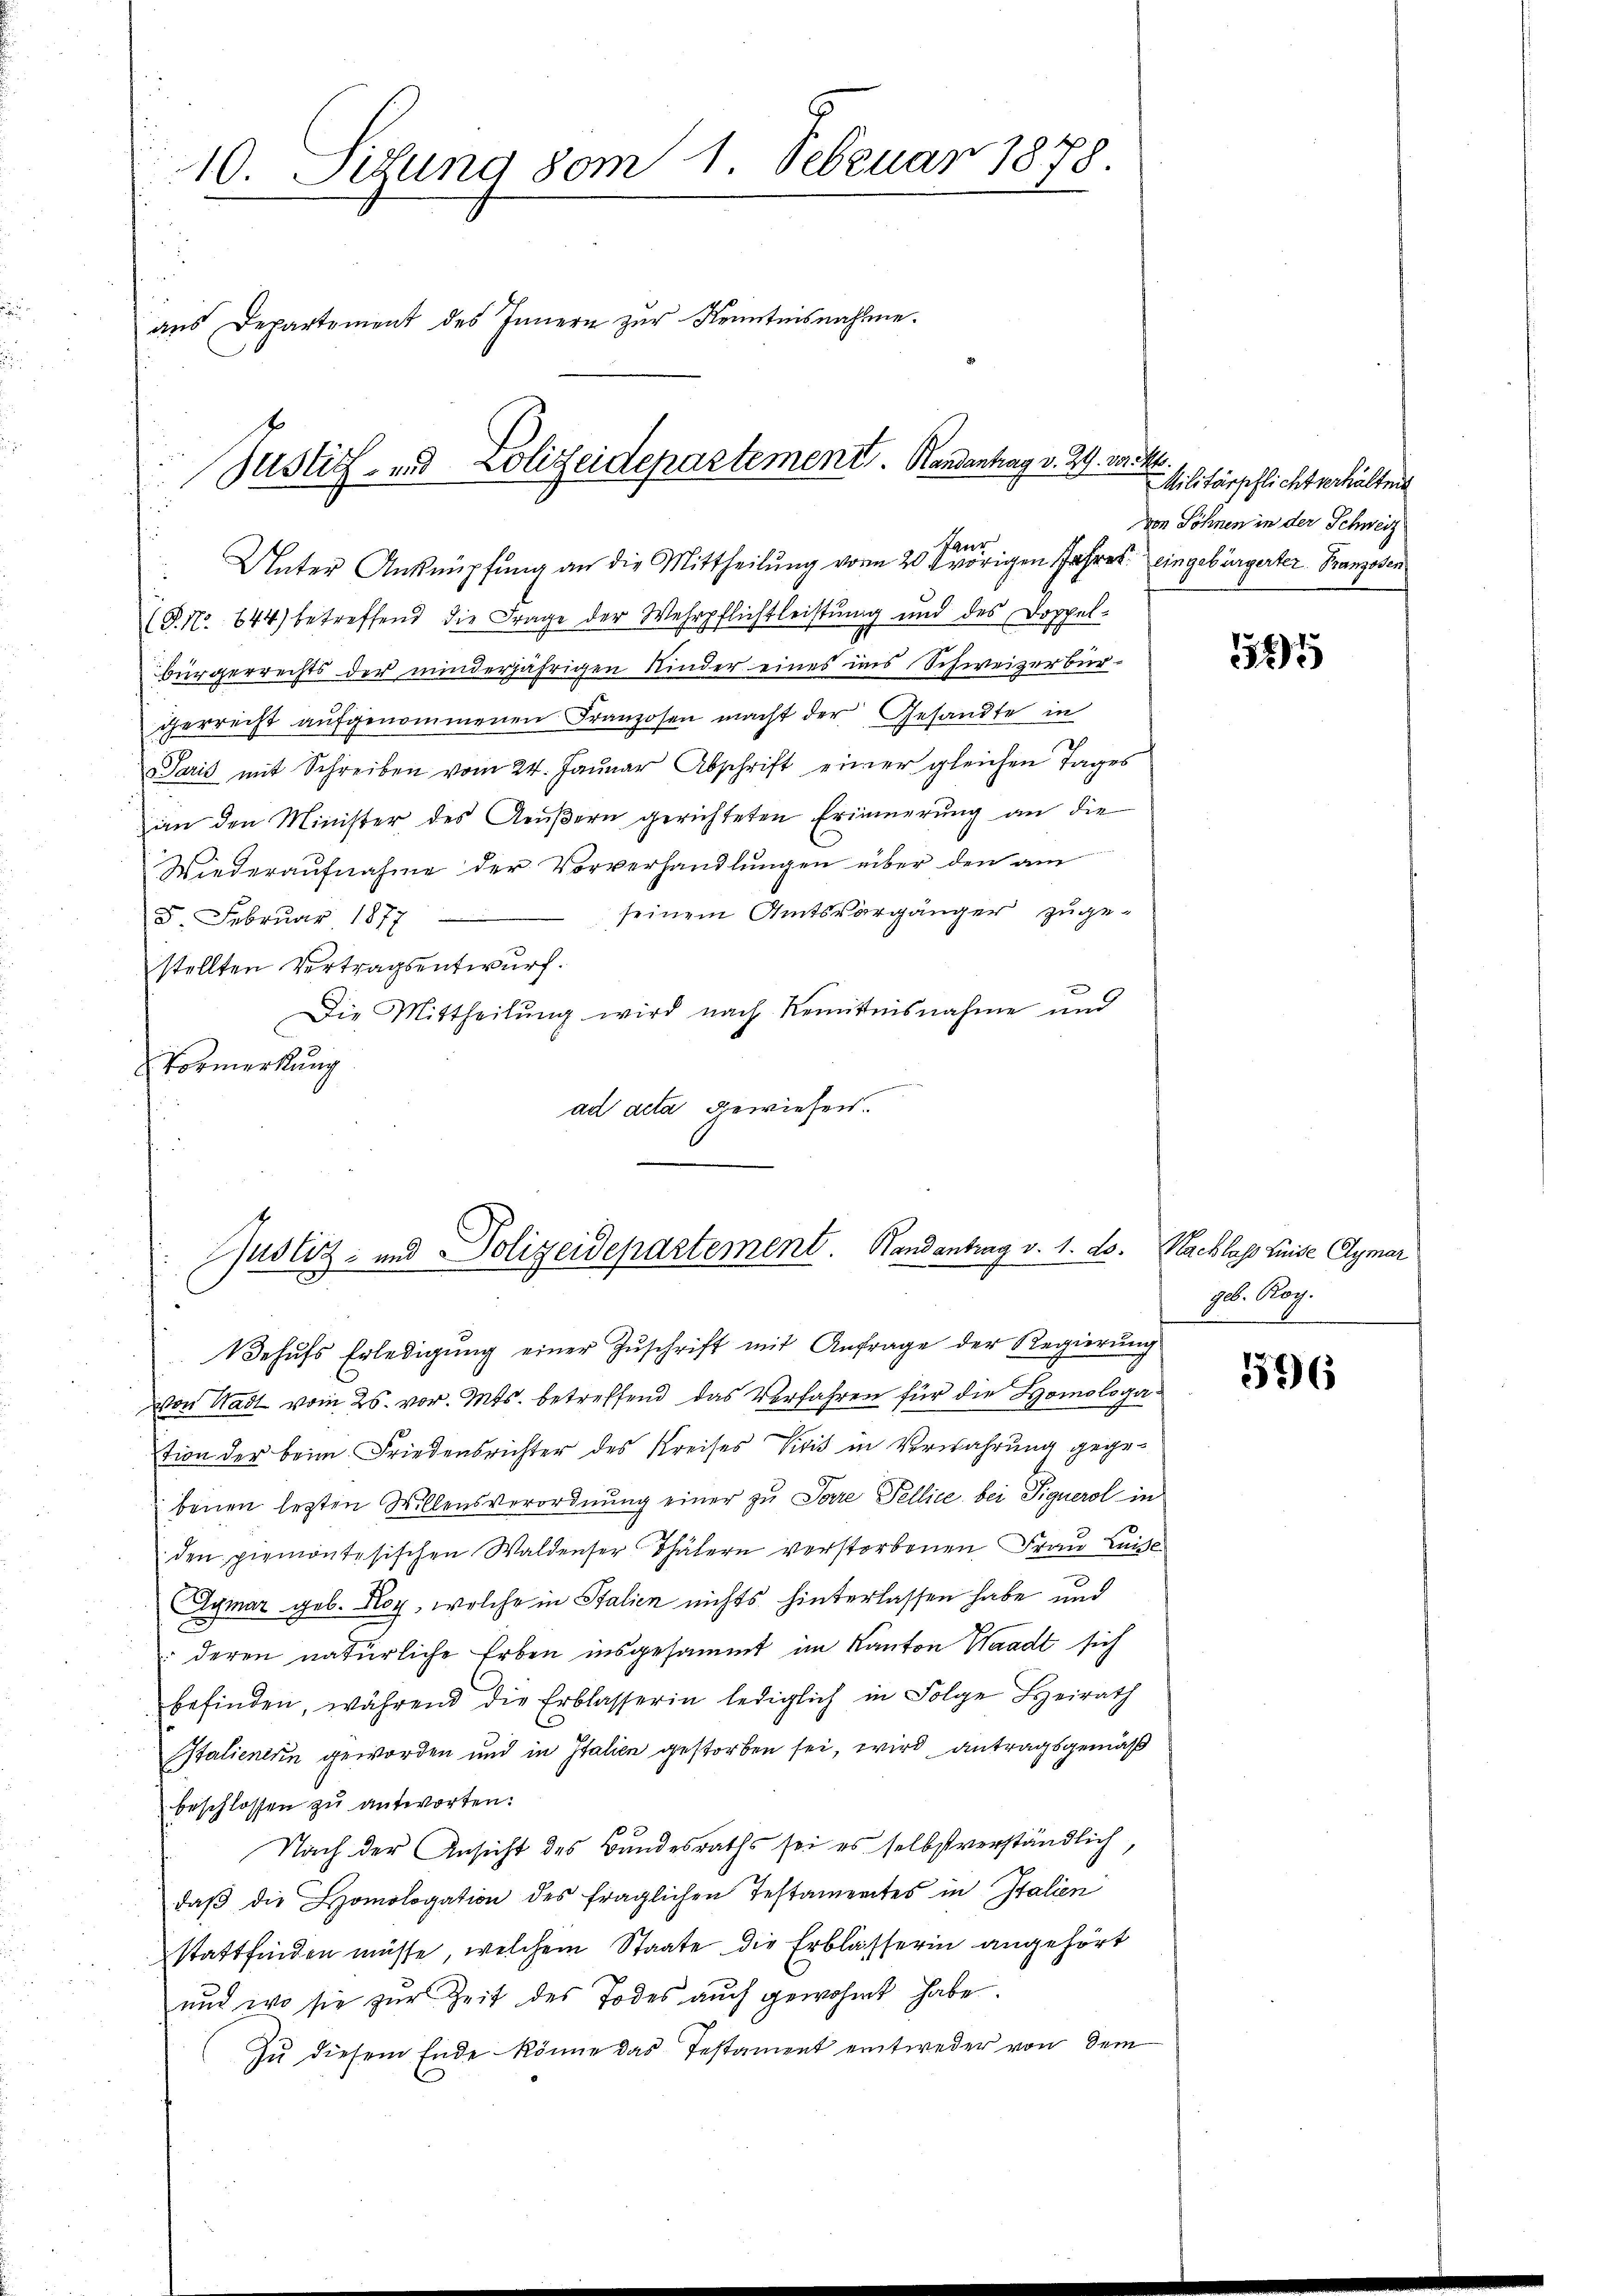
10. Sitzung vom 1. Februar 1878.
aus Departement des Innern zur Kenntnisnahme.
Justiz- und Polizeidepartement. Handantrag v. 29. vor

u

Unter Anknüpfung an die Mittheilung von 20 t vörigen Jahres eingebürgerter Franzosen
(P. Nr. 644) betreffend die Frage der Wehrpflichtleistung und des Doppel-
bürgerrechts der minderjährigen Kinder eines ins Schweizerbürgherrecht aufgenommenen Franzosen macht der Gesandte in
Paris mit Schreiben vom 24. Januar Abschrift einer gleichen Tages
an den Minister des Aeußern gerichteten Erinnerung an die
Wiederaufnahme der Vorverhandlungen über den am
seinem Amtsvorgänger zuge-
5 Februar 1877
stellten Vertragsentwurf.
Die Mittheilŭng wird nach Kenntnisnahme und
Vormerkung
ad acta gewiesen.

Justiz- und Polizeidepartement. Handantrag v. 1. ds. Nachlass Luise Aymar

Von Stadt vom 25. vor. Mts. betreffend das Verfahren für die Homologation der beim Friedensrichter des Kreises Visis in Verwahrung gegebenen letzten Willensverordnung einer zu Pare Fellice bei Tiguerol in
den premontesischen Waldenser Thätern verstorbenen Frau Luise
Aymar geb. Roy, welche in Stalien nichts hinterlassen habe und
: deren natürliche Erben insgesammt im Kanton Waadt sich
befinden, während die Erblasserin lediglich in Folge Heirath
Italienerin geworden und in Italien gestorben sei, wird antragsgemäß
beschlossen zu antworten:
Nach der Ansicht des Bundesraths sei es selbst verständlich,
daβ die Homologation des fraglichen Testamentes in Italien
stattfinden müsse, welchem Staate die Erblasserin angehört
und wo sie zur Zeit des Todes auch gewohnt habe.
Zu diesem Ende könne das Testament entweder von dem

Paris

Wehŭfs Erledigŭng einer Zŭschrift mit Anfrage der Regierŭng

Militärpflichtverhälten
von Söhnen in der Schweiz

164

geb. Rog.

366